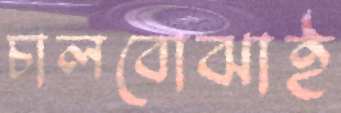
চালবোঝাই